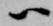
ハ